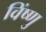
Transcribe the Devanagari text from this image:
विंष्णु